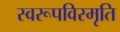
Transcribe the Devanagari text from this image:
स्वरूपविस्मृति